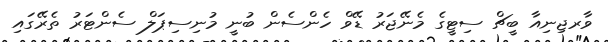
ވާރޖިނިއާ ބީޗް ސިޓީގެ މެނޭޖަރު ޑޭވް ހެންސެން ބުނީ މުނިސިޕަލް ސެންޓަރު ތެރޭގައި